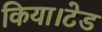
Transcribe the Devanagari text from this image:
किया।टेड